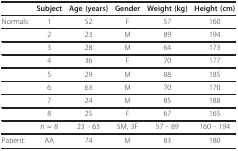
|  | Subject | Age (years) | Gender | Weight (kg) | Height (cm) |
 | --- | --- | --- | --- | --- | --- |
 | Normals: | 1 | 52 | F | 57 | 160 |
 |  | 2 | 23 | M | 89 | 194 |
 |  | 3 | 28 | M | 64 | 173 |
 |  | 4 | 36 | F | 70 | 177 |
 |  | 5 | 29 | M | 88 | 185 |
 |  | 6 | 63 | M | 70 | 170 |
 |  | 7 | 24 | M | 85 | 188 |
 |  | 8 | 25 | F | 67 | 165 |
 |  | n = 8 | 23 - 63 | 5M, 3F | 57 - 89 | 160 - 194 |
 | Patient: | AA | 74 | M | 83 | 180 |